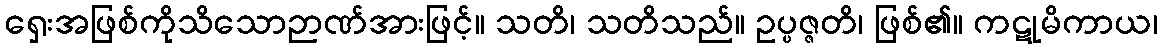
ရှေးအဖြစ်ကိုသိသောဉာဏ်အားဖြင့်။ သတိ၊ သတိသည်။ ဥပ္ပဇ္ဇတိ၊ ဖြစ်၏။ ကဋုမိကာယ၊